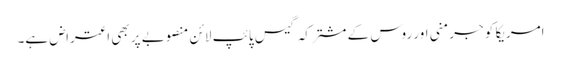
امریکا کو جرمنی اور روس کے مشترکہ گیس پائپ لائن منصوبے پر بھی اعتراض ہے۔